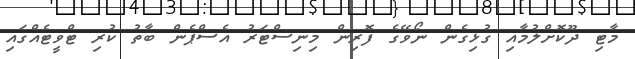
މާޓި ދޫކޮށްލުމާއި ގުޅިގެން ނޯވޭގެ ފޮރިން މިނިސްޓަރު އެސްޕެން ބާތު ކުރި ޓްވީޓެއްގައި